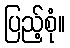
ပြည့်စုံ။